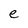
Character: e